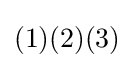
(1)(2)(3)